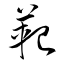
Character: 範